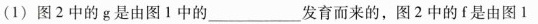
(1)图2中的g是由图1中的___发育而来的，图2中的f是由图1